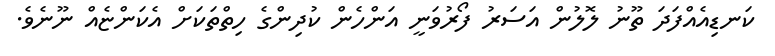
ކަނޑިއެއްފަދަ ތޫނު ލޮލުން އަސަރު ފޯރުވަނީ އަންހެން ކުދިންގެ ހިތްތަކަށް އެކަންޏެއް ނޫނެވެ.